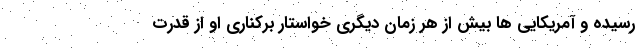
رسیده و آمریکایی ها بیش از هر زمان دیگری خواستار برکناری او از قدرت